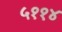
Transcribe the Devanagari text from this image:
५११४